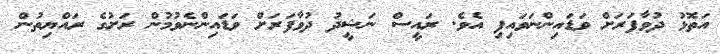
އަތޮޅު ދުވާފަރަށް ވަޑައިންނަވައިފި އެވެ. ރައީސް ނަޝީދު ދުވާފަރަށް ވަޑައިންނެވުމުން ރަށުގެ ރައްޔިތުން